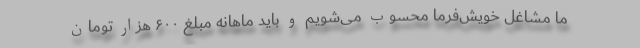
ما مشاغل خویش‌فرما محسوب می‌شویم و باید ماهانه مبلغ ۶۰۰ هزار تومان